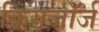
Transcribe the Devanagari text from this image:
किंगजॉर्ज